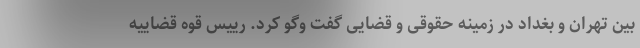
بین تهران و بغداد در زمینه حقوقی و قضایی گفت وگو کرد. رییس قوه قضاییه